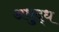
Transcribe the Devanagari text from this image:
अधुद्ध